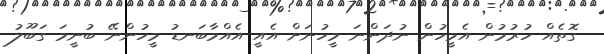
ގޮތެއް ހުރުމުން އެމީހުން ނުދަންނަ މީހުނަށް އެއީ އެއްމާބަނޑު މީހުންނޭ ބުނީމަ ގަބޫލު